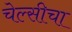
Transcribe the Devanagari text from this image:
चेल्सीचा